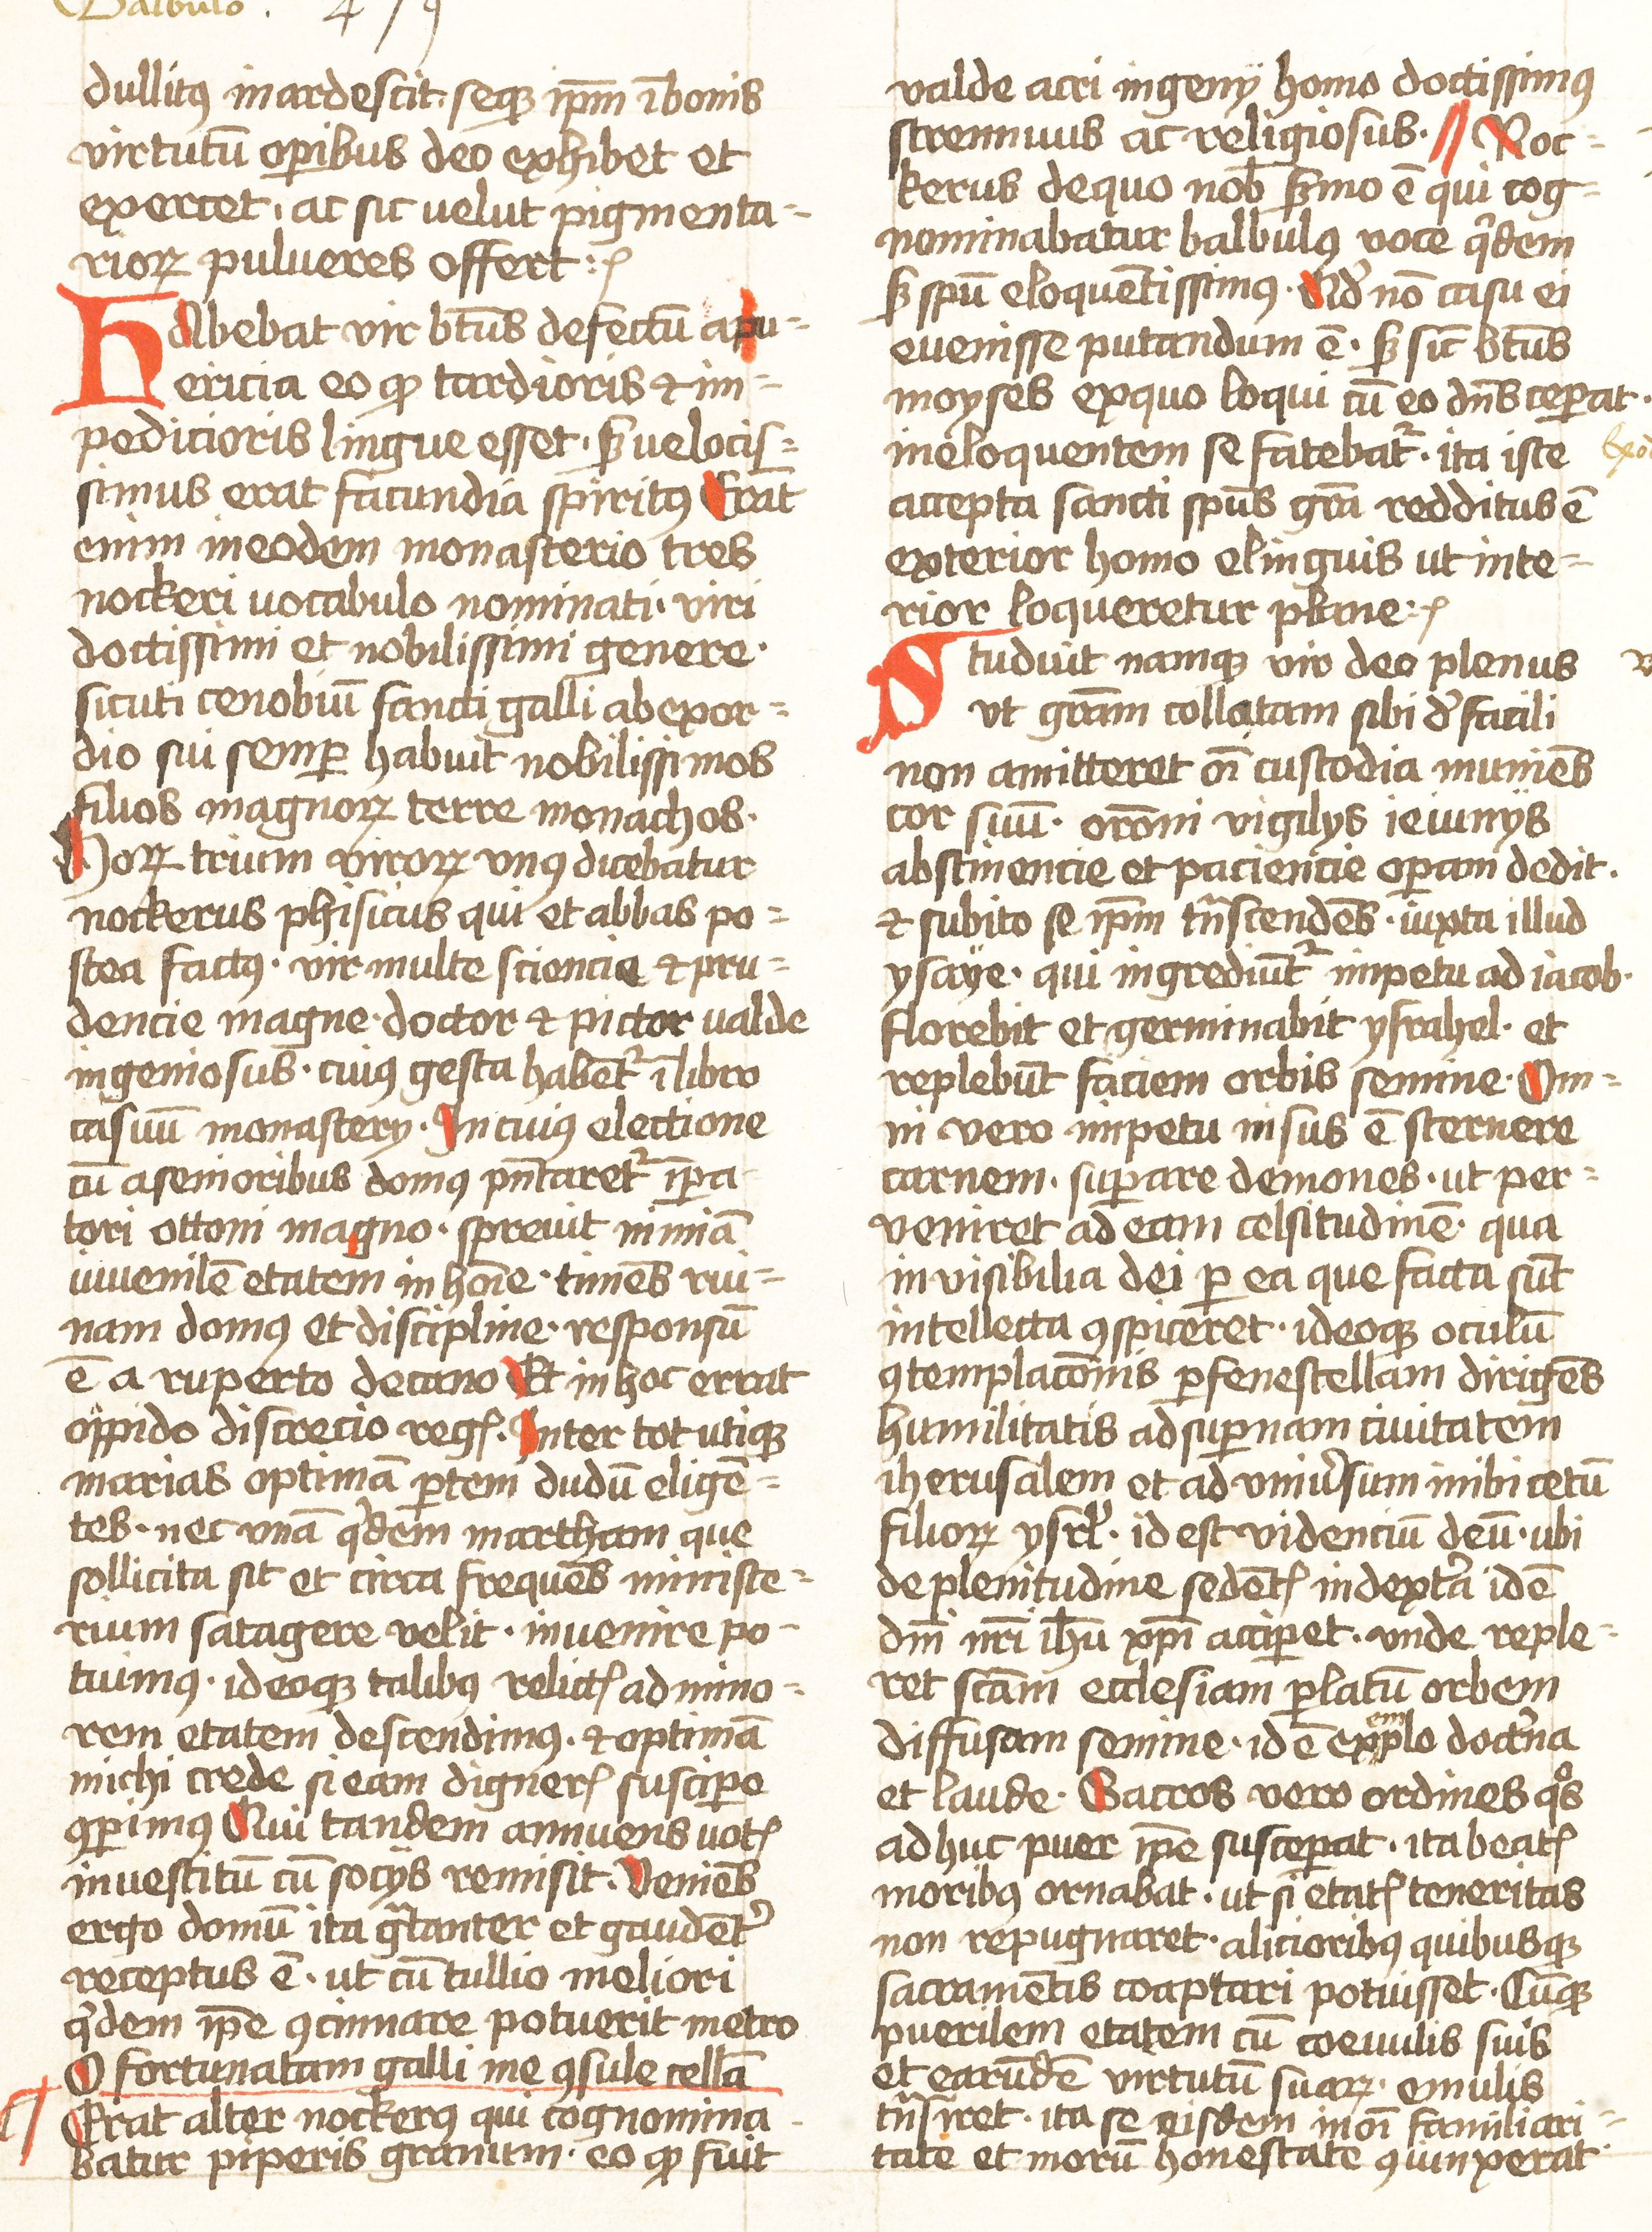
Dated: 1452–1459